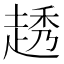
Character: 䞬